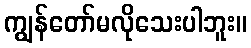
ကျွန်တော်မလိုသေးပါဘူး။